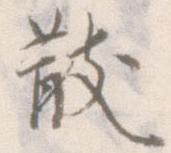
散